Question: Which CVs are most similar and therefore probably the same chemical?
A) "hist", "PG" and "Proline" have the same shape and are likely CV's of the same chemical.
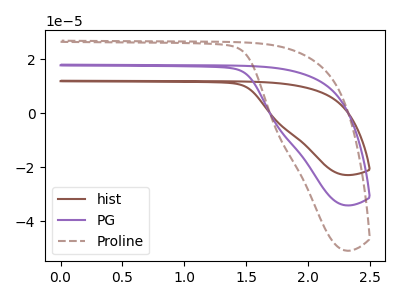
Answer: <think>The brown curve "hist" has no peaks. The purple curve "PG" has no peaks. The brown dashed curve "Proline" has no peaks.
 Neither "hist" or "PG" have any peaks. Neither "hist" or "Proline" have any peaks. Neither "PG" or "Proline" have any peaks.</think>
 <answer>A) "hist", "PG" and "Proline" have the same shape and are likely CV's of the same chemical.</answer>
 <eval>A</eval>